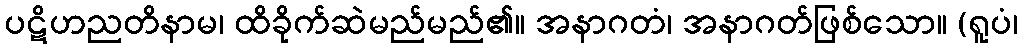
ပဋိဟညတိနာမ၊ ထိခိုက်ဆဲမည်မည်၏။ အနာဂတံ၊ အနာဂတ်ဖြစ်သော။ (ရူပံ၊